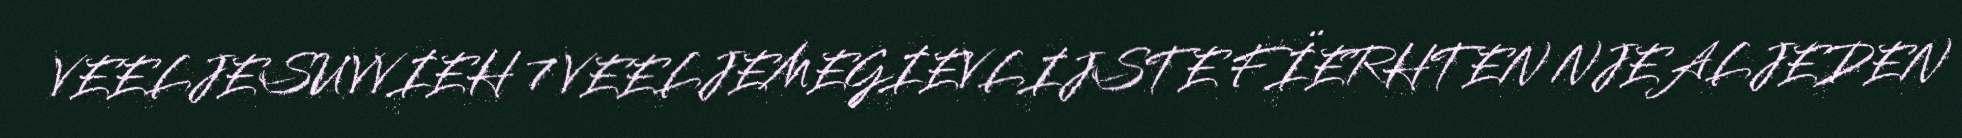
VEELJESUVVIEH 7 VEELJEMEGIEVLIJSTE FÏERHTEN NJEALJEDEN